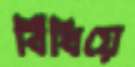
বিঁধিয়ে